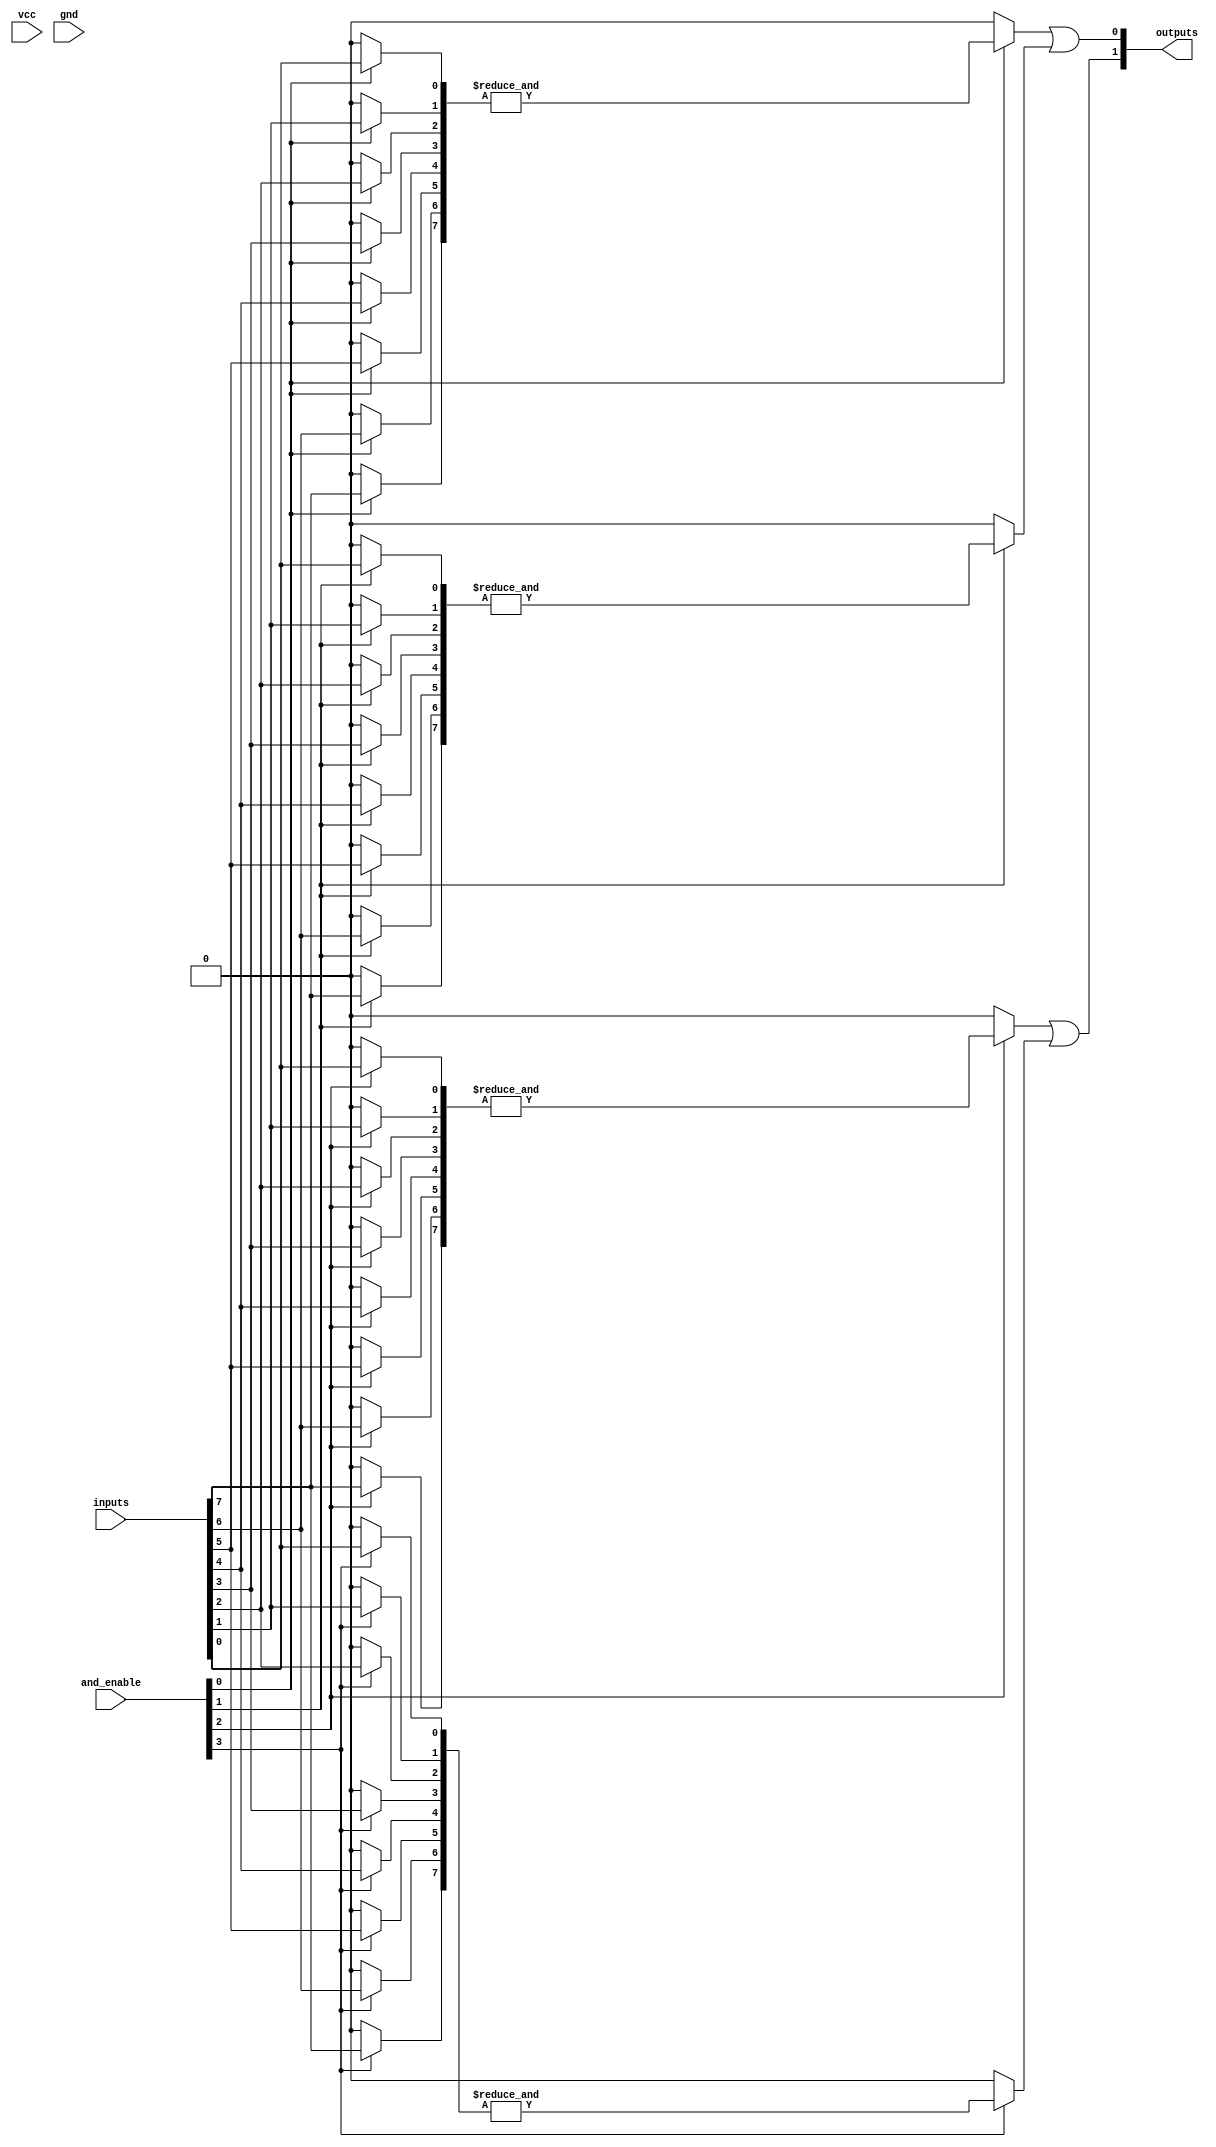
module jewel_pal #(
    parameter NUM_INPUTS = 8,     // Number of inputs
    parameter NUM_AND_GATES = 4,   // Number of AND gates
    parameter NUM_OUTPUTS = 2      // Number of outputs
)(
    input wire [NUM_INPUTS-1:0] inputs,   // Inputs to the PAL
    input wire [NUM_AND_GATES-1:0] and_enable,  // Enables for each AND gate
    output wire [NUM_OUTPUTS-1:0] outputs, // Outputs from the PAL
    input wire vcc,                       // Power supply
    input wire gnd                        // Ground
);

    // Internal signal declarations
    wire [NUM_AND_GATES-1:0] and_out; // Outputs of the AND gates

    // Programmable AND array
    genvar i, j;
    generate
        for (i = 0; i < NUM_AND_GATES; i = i + 1) begin: and_gate
            wire [NUM_INPUTS-1:0] and_inputs; // Inputs for each AND gate
            assign and_inputs = {
                (and_enable[i] ? inputs[7] : 1'b0), // Example of programmable connections
                (and_enable[i] ? inputs[6] : 1'b0),
                (and_enable[i] ? inputs[5] : 1'b0),
                (and_enable[i] ? inputs[4] : 1'b0),
                (and_enable[i] ? inputs[3] : 1'b0),
                (and_enable[i] ? inputs[2] : 1'b0),
                (and_enable[i] ? inputs[1] : 1'b0),
                (and_enable[i] ? inputs[0] : 1'b0)
            };
            
            // AND gate logic
            assign and_out[i] = (and_enable[i] ? &and_inputs : 1'b0); // AND operation
        end
    endgenerate

    // Fixed OR array
    assign outputs[0] = and_out[0] | and_out[1]; // OR operation for Output 0
    assign outputs[1] = and_out[2] | and_out[3]; // OR operation for Output 1

endmodule